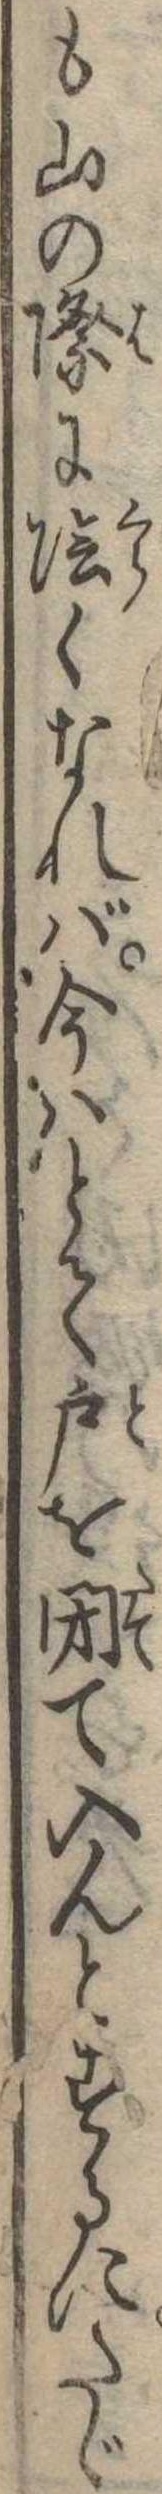
も山の際に陰くなれば今はとて戸を閉て入んとするにたゞ